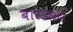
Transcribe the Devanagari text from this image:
बारडकर